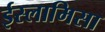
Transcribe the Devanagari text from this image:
ईस्लामिसा